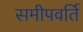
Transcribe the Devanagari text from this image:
समीपवर्ति